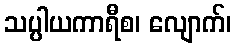
သပ္ပါယကာရီစ၊ လျောက်၊